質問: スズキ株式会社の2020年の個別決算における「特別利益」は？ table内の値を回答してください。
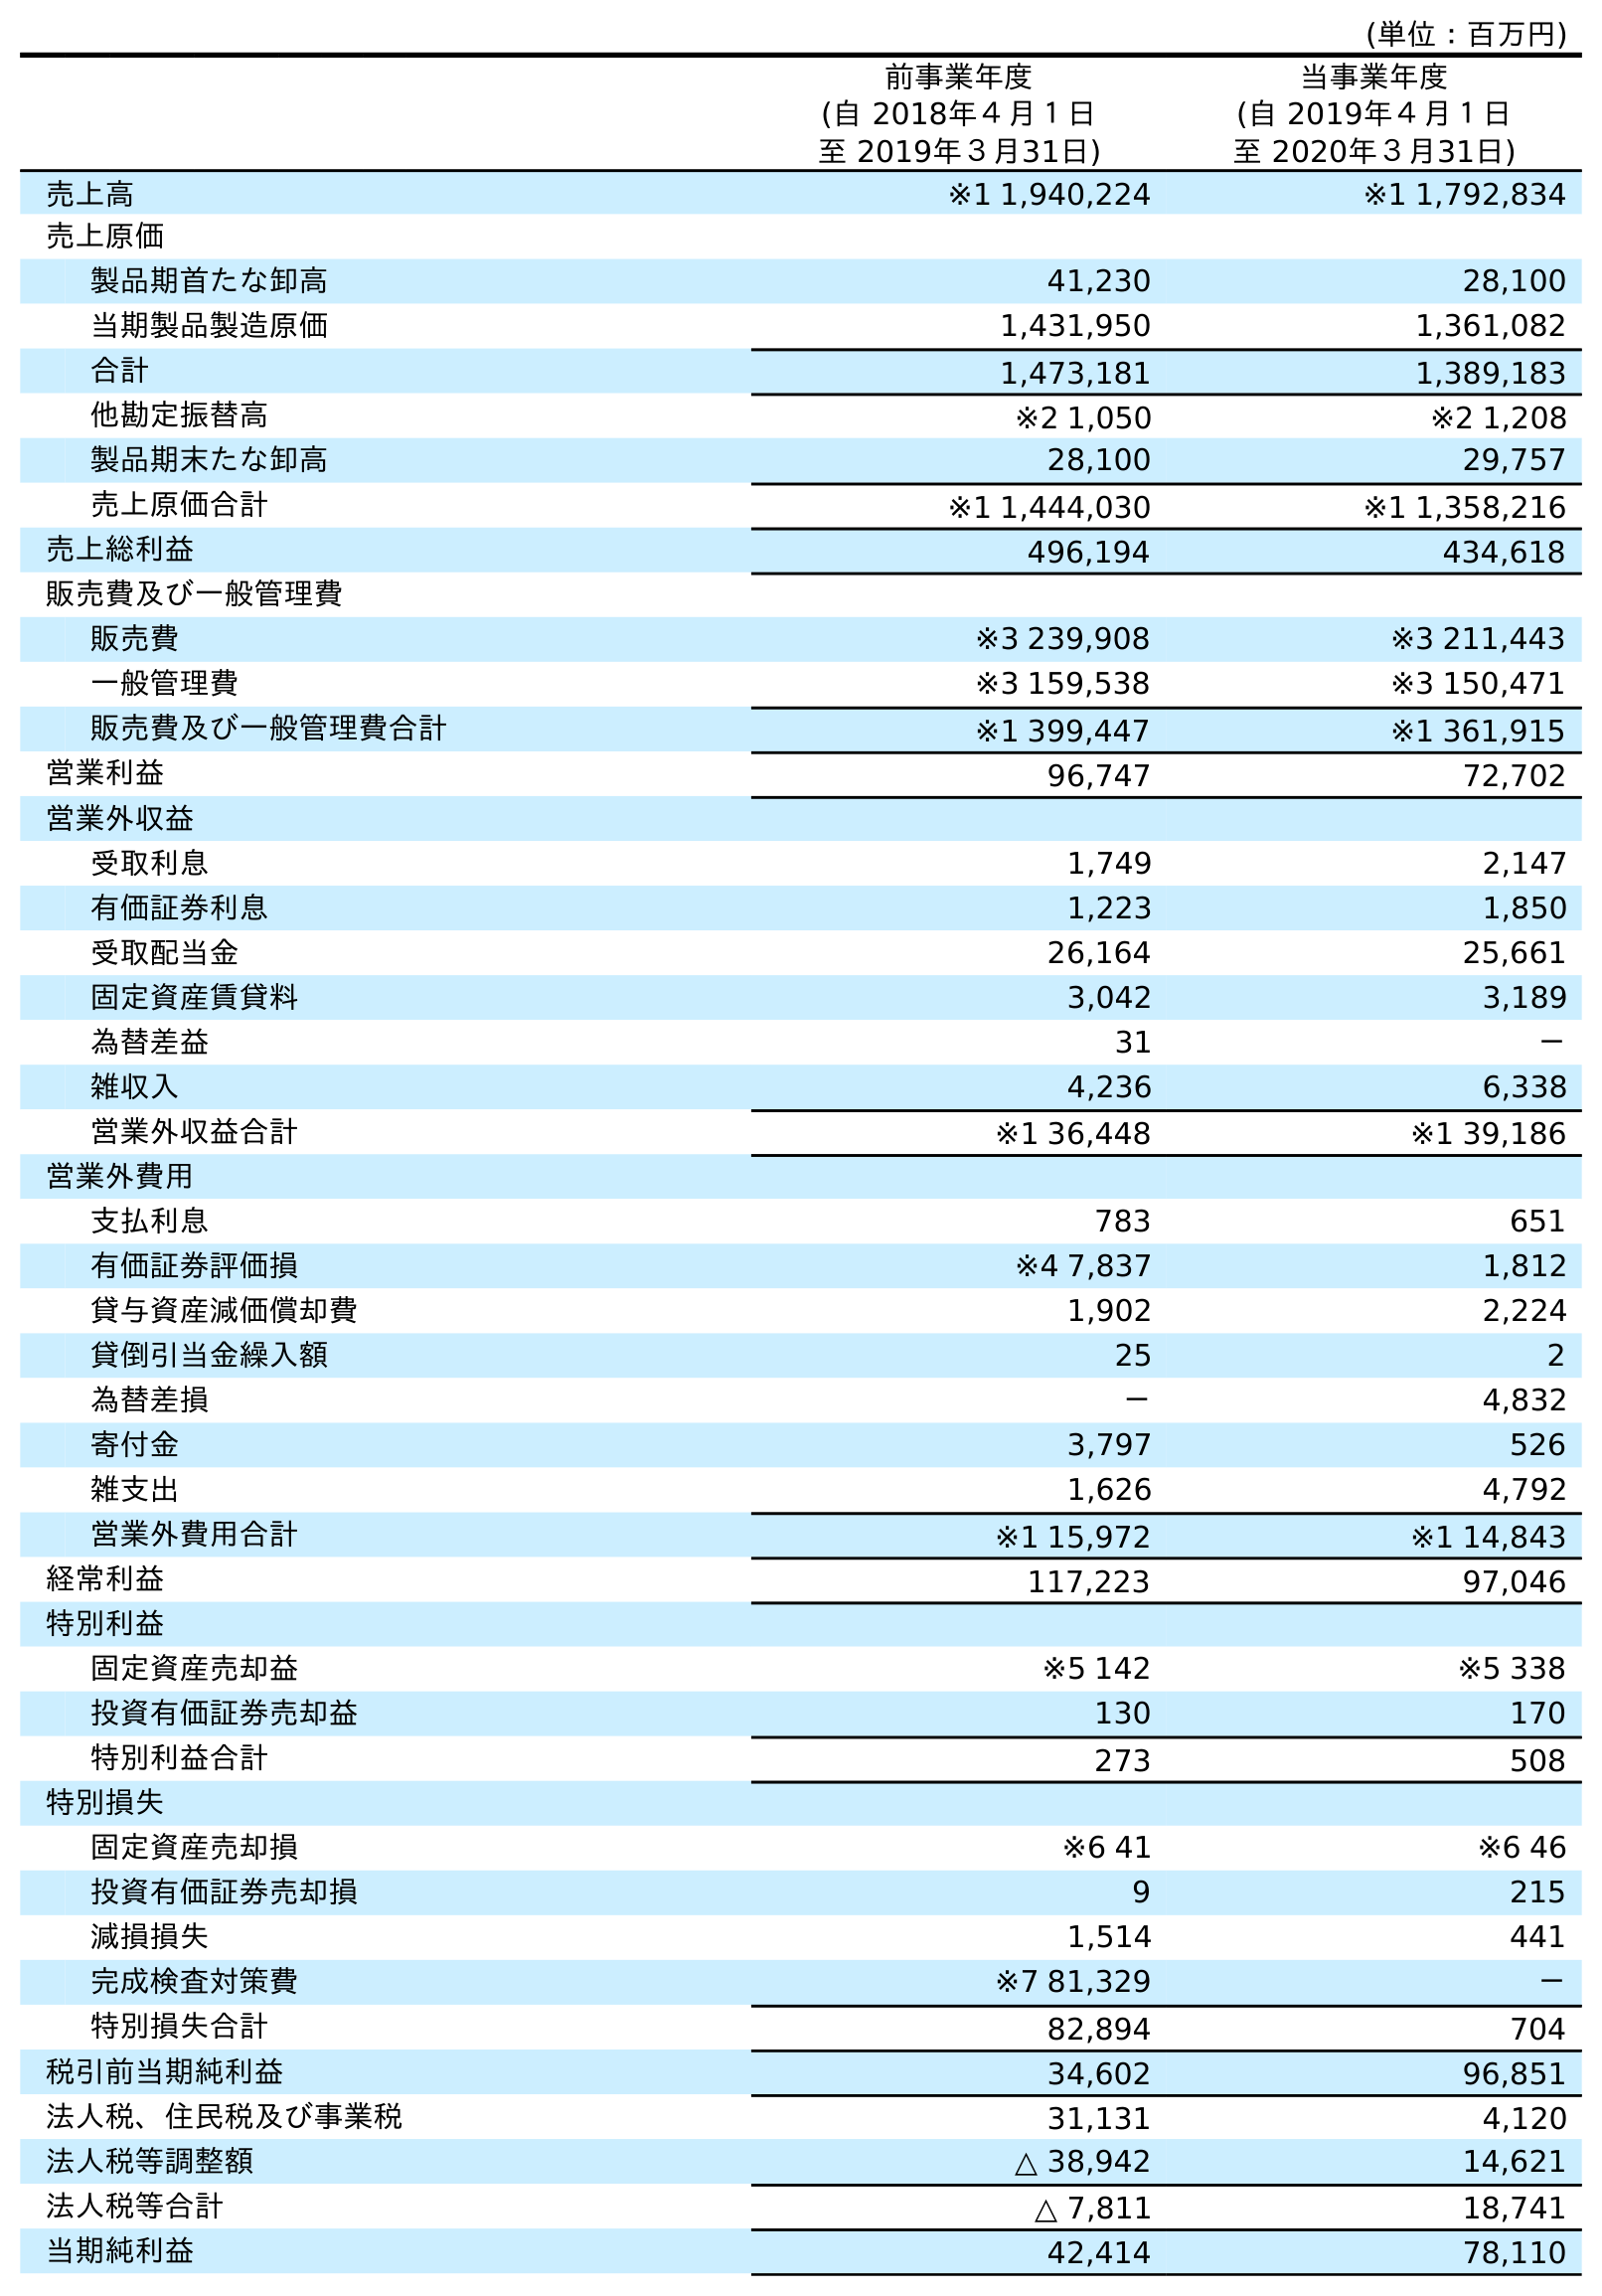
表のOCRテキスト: (単位：百万円) 前事業年度 (自 2018年４月１日 至 2019年３月31日) 当事業年度 (自 2019年４月１日 至 2020年３月31日) 売上高 ※1 1,940,224 ※1 1,792,834 売上原価 製品期首たな卸高 41,230 28,100 当期製品製造原価 1,431,950 1,361,082 合計 1,473,181 1,389,183 他勘定振替高 ※2 1,050 ※2 1,208 製品期末たな卸高 28,100 29,757 売上原価合計 ※1 1,444,030 ※1 1,358,216 売上総利益 496,194 434,618 販売費及び一般管理費 販売費 ※3 239,908 ※3 211,443 一般管理費 ※3 159,538 ※3 150,471 販売費及び一般管理費合計 ※1 399,447 ※1 361,915 営業利益 96,747 72,702 営業外収益 受取利息 1,749 2,147 有価証券利息 1,223 1,850 受取配当金 26,164 25,661 固定資産賃貸料 3,042 3,189 為替差益 31 － 雑収入 4,236 6,338 営業外収益合計 ※1 36,448 ※1 39,186 営業外費用 支払利息 783 651 有価証券評価損 ※4 7,837 1,812 貸与資産減価償却費 1,902 2,224 貸倒引当金繰入額 25 2 為替差損 － 4,832 寄付金 3,797 526 雑支出 1,626 4,792 営業外費用合計 ※1 15,972 ※1 14,843 経常利益 117,223 97,046 特別利益 固定資産売却益 ※5 142 ※5 338 投資有価証券売却益 130 170 特別利益合計 273 508 特別損失 固定資産売却損 ※6 41 ※6 46 投資有価証券売却損 9 215 減損損失 1,514 441 完成検査対策費 ※7 81,329 － 特別損失合計 82,894 704 税引前当期純利益 34,602 96,851 法人税、住民税及び事業税 31,131 4,120 法人税等調整額 △ 38,942 14,621 法人税等合計 △ 7,811 18,741 当期純利益 42,414 78,110
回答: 508